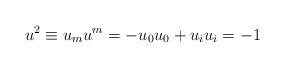
LaTeX: \begin{align*}u^2\equiv u_mu^m=-u_0u_0+u_iu_i=-1\end{align*}